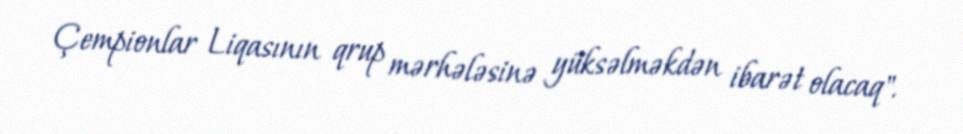
Çempionlar Liqasının qrup mərhələsinə yüksəlməkdən ibarət olacaq".